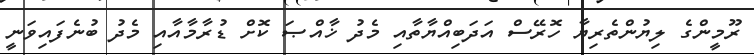
ރޫމީންގެ ލިޔުންތެރިޔާ ހޮރޭސް އަދަބިއްޔާތާއި މެދު ޚާއްޞަ ކޮށް ޑުރާމާއާއި މެދު ބުނެފައިވަނީ